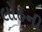
લોહની